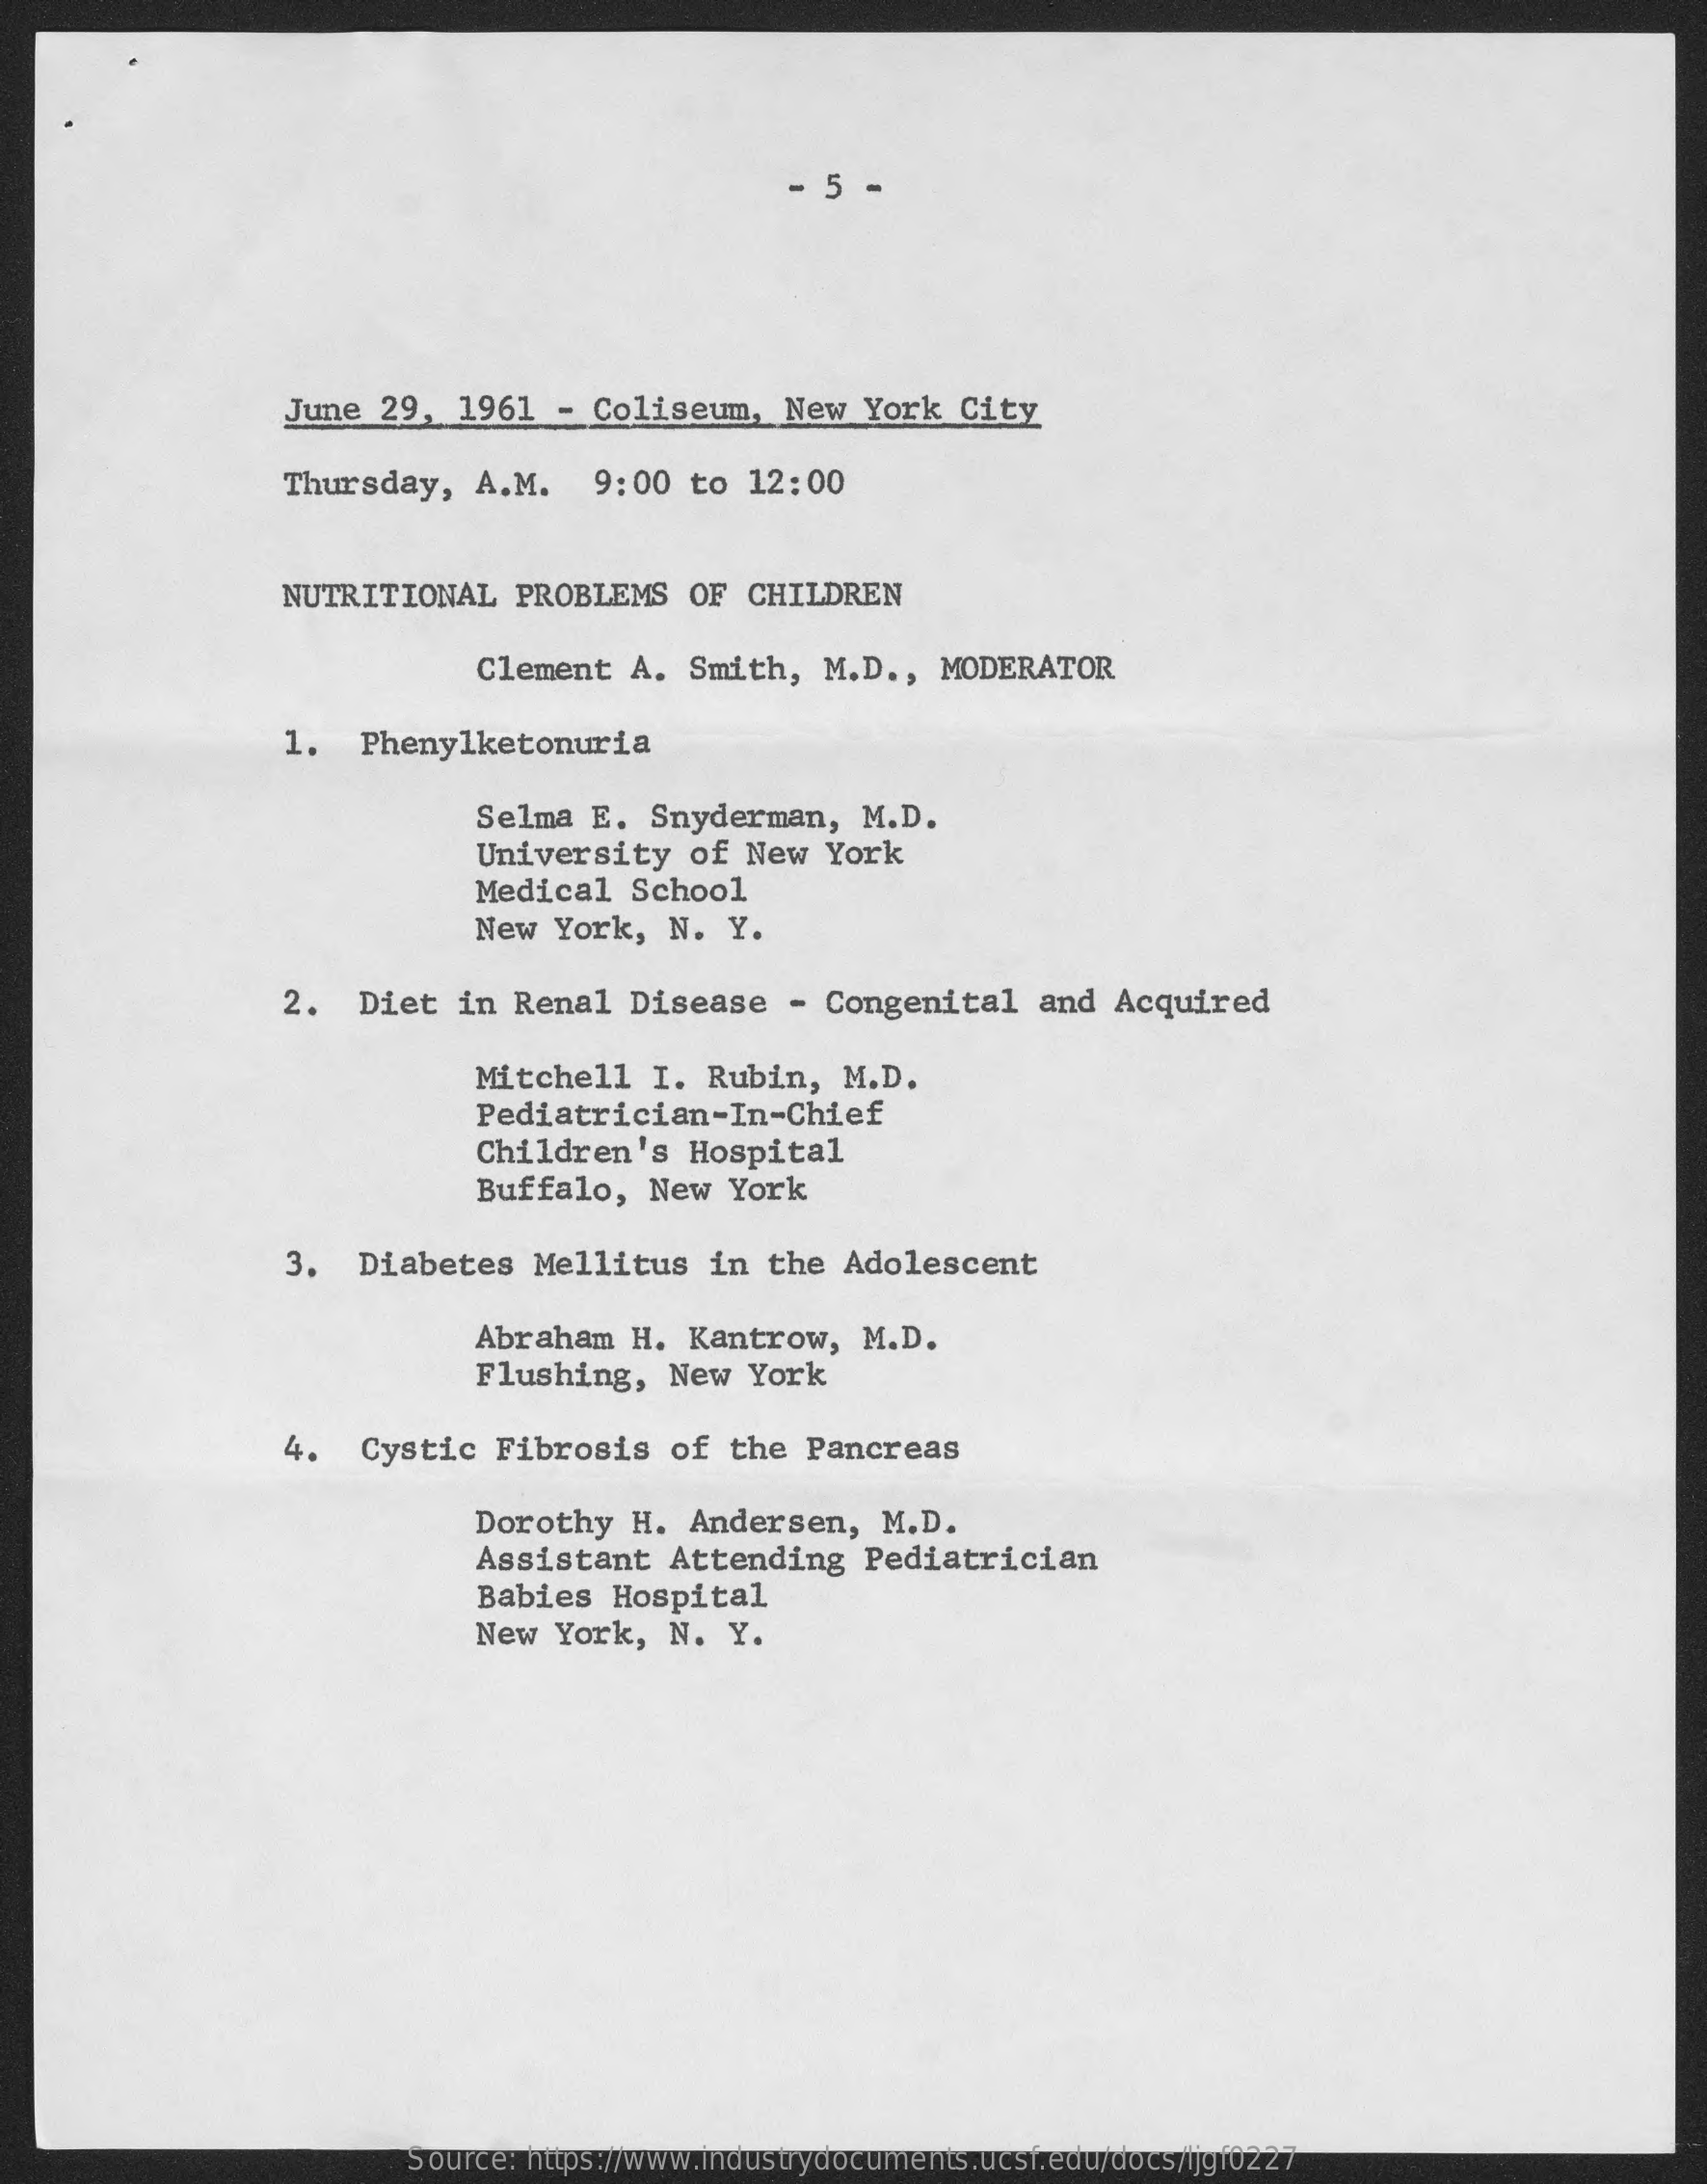
5
     June  29,   1961  - Coliseum,    New  York   City
     Thursday,    A.M.    9:00  to  12:00
     NUTRITIONAL    PROBLEMS    OF  CHILDREN
     Clement   A.  Smith,   M.D ., MODERATOR
     1.   Phenylketonuria
     Selma  E.  Snyderman,    M.D.
     University    of New   York
     Medical   School
     New  York,  N.  Y.
     2.  Diet   in  Renal   Disease   -  Congenital    and  Acquired
     Mitchell   I.  Rubin,   M.D.
     Pediatrician-In-Chief
     Children's    Hospital
     Buffalo,   New  York
     3.   Diabetes   Mellitus    in  the  Adolescent
     Abraham   H.  Kantrow,   M.D.
     Flushing,   New   York
     4.   Cystic   Fibrosis   of  the  Pancreas
     Dorothy   H.  Andersen,   M.D.
     Assistant   Attending    Pediatrician
     Babies   Hospital
     New  York,  N.   Y.
     Source: https://www.industrydocuments.ucsf.edu/docs/ljgf0227